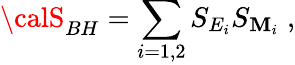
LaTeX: {\calS}_{BH}=\sum_{i=1,2}S_{E_{i}}S_{\mathbf{M}_{i}}\; ,